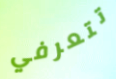
تتعرفي